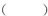
（）